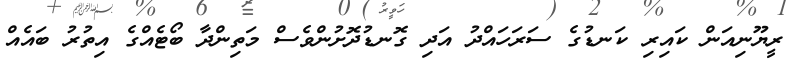
ރީޔޫނިއަން ކައިރި ކަނޑުގެ ސަރަހައްދު އަދި ގޮނޑުދޮށުންވެސް މަތިންދާ ބޯޓެއްގެ އިތުރު ބައެއް